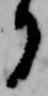
り